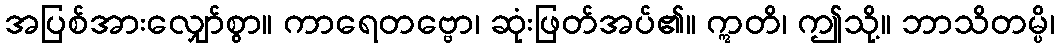
အပြစ်အားလျှော်စွာ။ ကာရေတဗ္ဗော၊ ဆုံးဖြတ်အပ်၏။ ဣတိ၊ ဤသို့။ ဘာသိတမ္ပိ၊